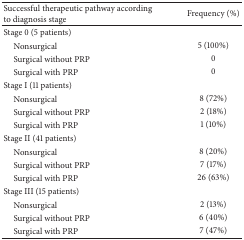
<table><thead><tr><td><b>Successful therapeutic pathway according to diagnosis stage</b></td><td><b>Frequency (%)</b></td></tr></thead><tbody><tr><td>Stage 0 (5 patients)</td><td> </td></tr><tr><td> Nonsurgical</td><td>5 (100%)</td></tr><tr><td> Surgical without PRP</td><td>0</td></tr><tr><td> Surgical with PRP</td><td>0</td></tr><tr><td>Stage I (11 patients)</td><td> </td></tr><tr><td> Nonsurgical</td><td>8 (72%)</td></tr><tr><td> Surgical without PRP</td><td>2 (18%)</td></tr><tr><td> Surgical with PRP</td><td>1 (10%)</td></tr><tr><td>Stage II (41 patients)</td><td> </td></tr><tr><td> Nonsurgical</td><td>8 (20%)</td></tr><tr><td> Surgical without PRP</td><td>7 (17%)</td></tr><tr><td> Surgical with PRP</td><td>26 (63%)</td></tr><tr><td>Stage III (15 patients)</td><td> </td></tr><tr><td> Nonsurgical</td><td>2 (13%)</td></tr><tr><td> Surgical without PRP</td><td>6 (40%)</td></tr><tr><td> Surgical with PRP</td><td>7 (47%)</td></tr></tbody></table>